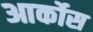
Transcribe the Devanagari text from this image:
आर्कोस